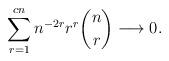
LaTeX: \begin{align*}\sum_{r=1}^{c n}n^{-2r} r^r \binom{n}{r}\longrightarrow 0.\end{align*}